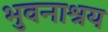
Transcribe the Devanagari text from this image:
भुवनाश्रय